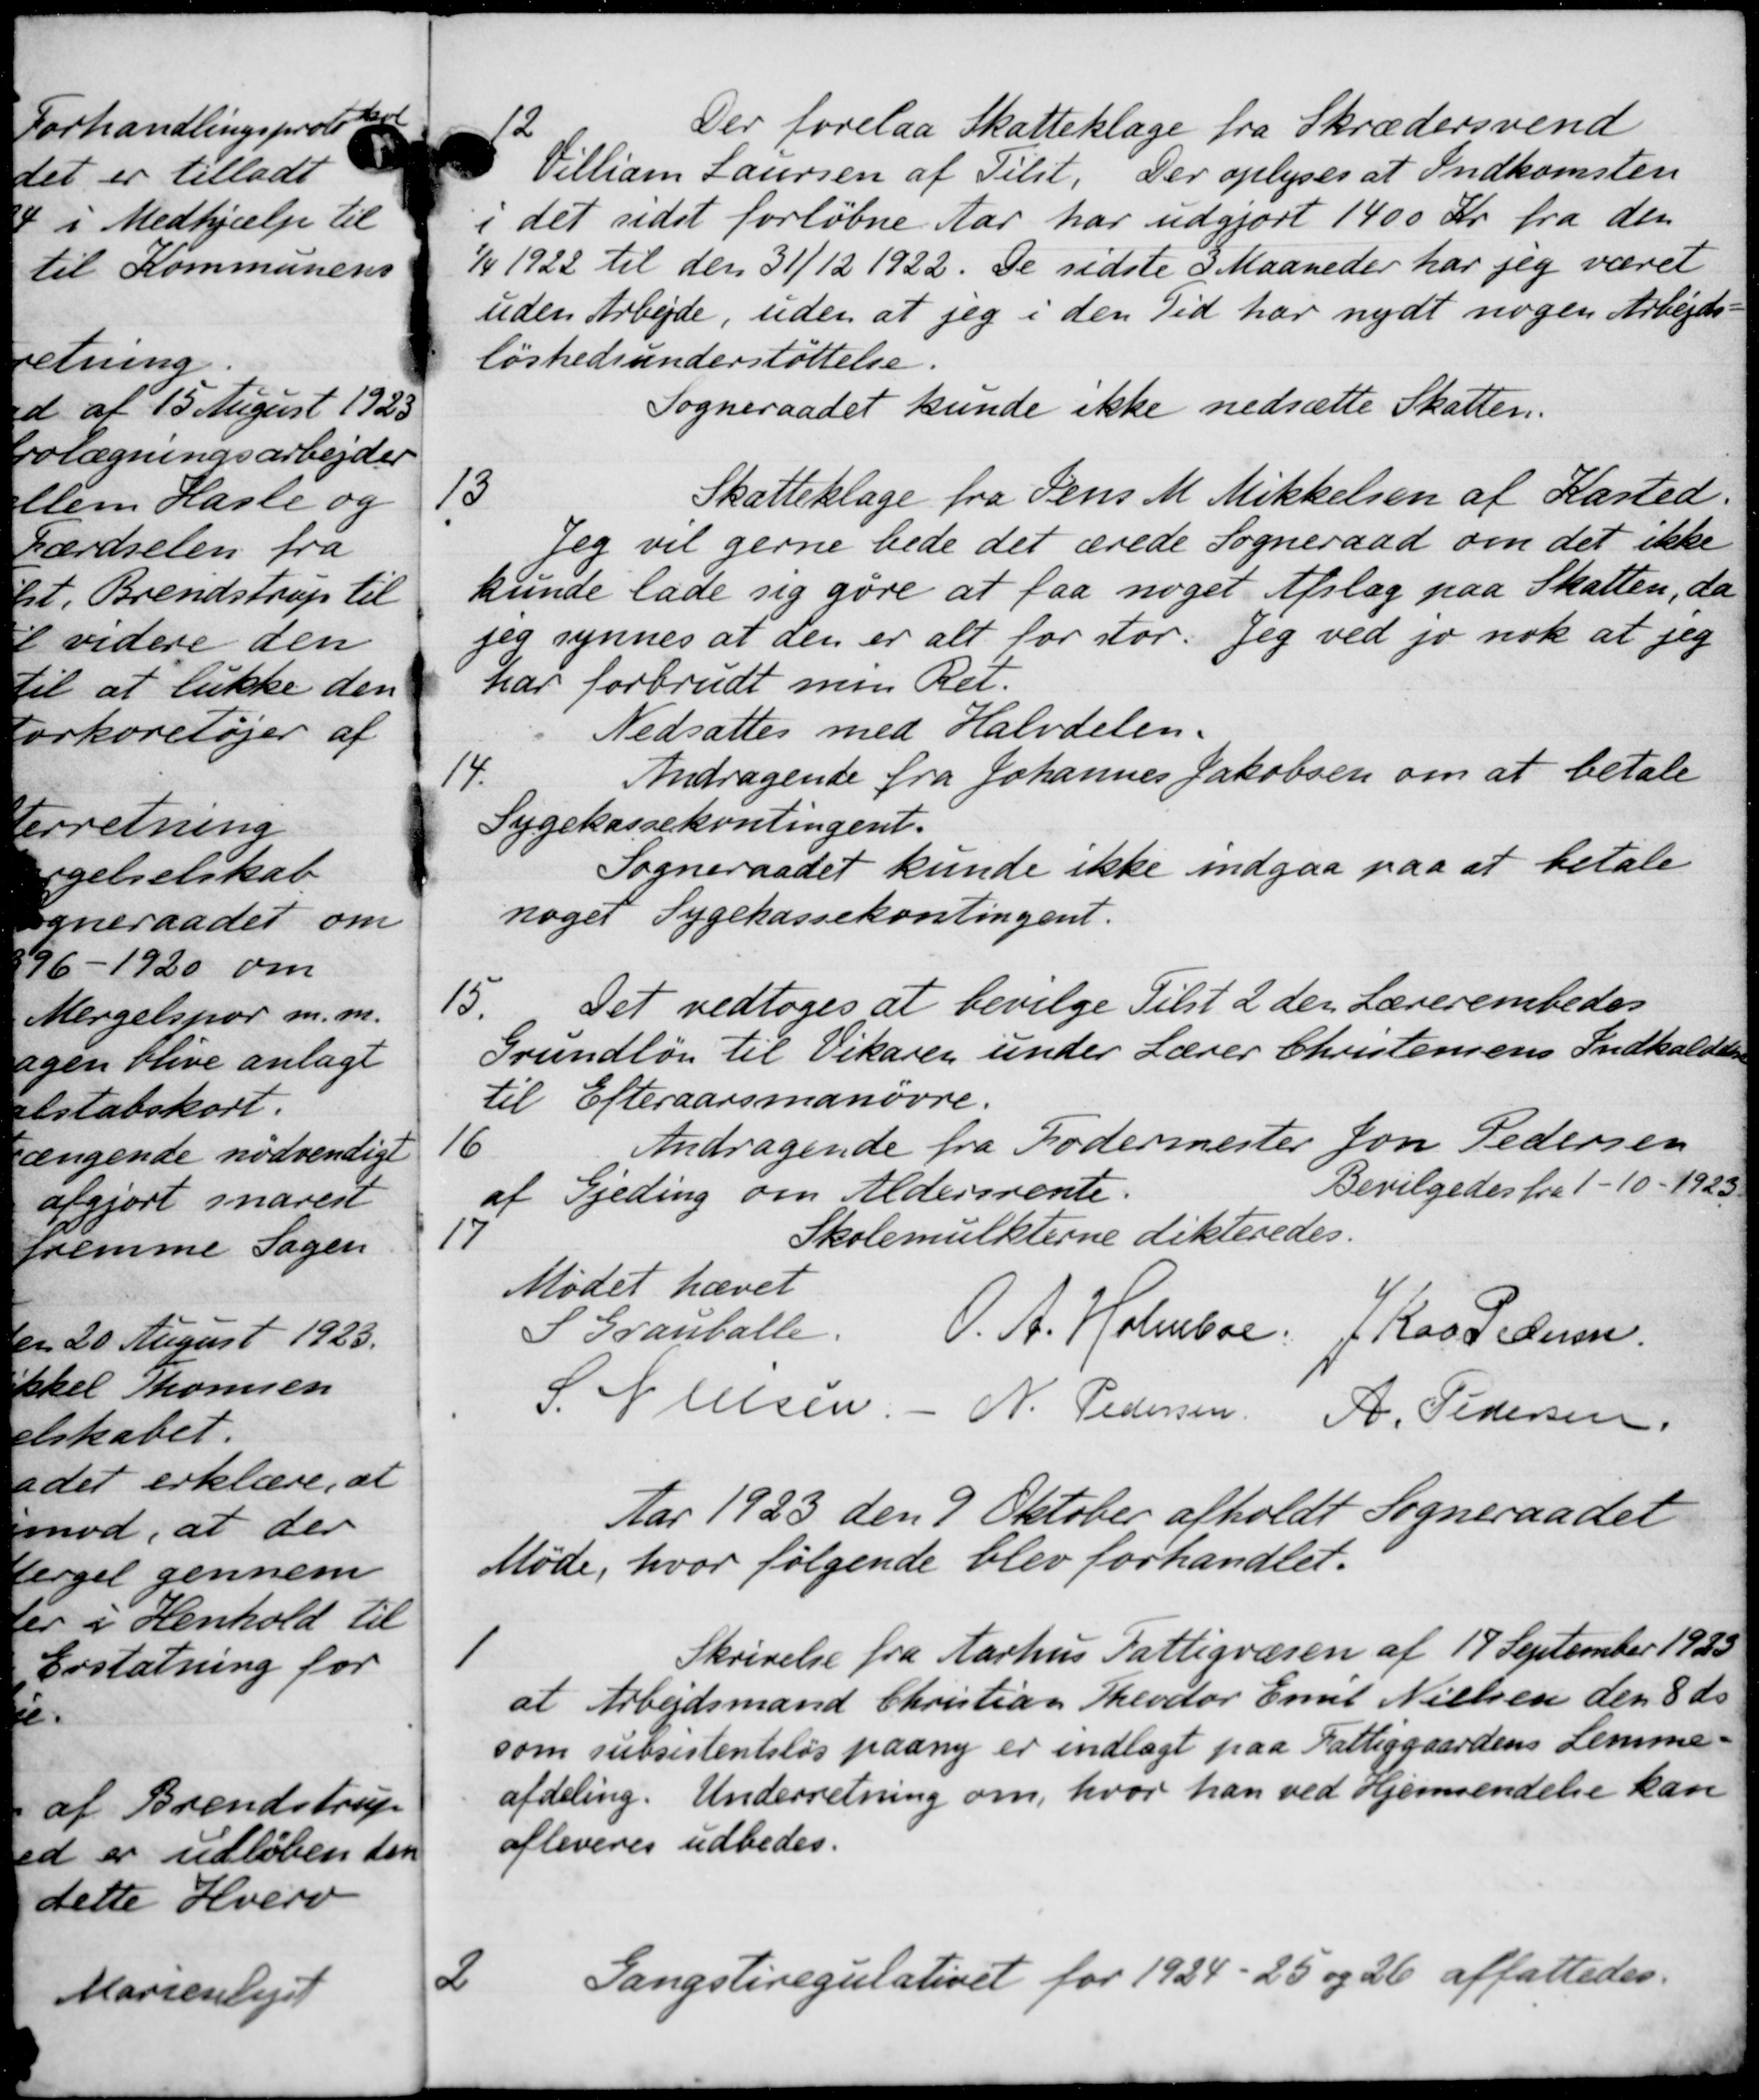
Transskription:
12
Der forelaa Skatteklage fra Skrædersvend
Villiam Laursen af Tilst. Der oplyses at Indkomsten
i det sidst forløbne Aar har udgjort 1400 Kr. fra den
1/4 1922 til den 31/12 1922. De sidste 3 Maaneder har jeg været
uden Arbejde, uden at jeg i den Tid har nydt nogen Arbejds
løshedsunderstøttelse.
Sogneraadet kunde ikke nedsætte Skatten.
13
Skatteklage fra Jens M. Mikkelsen af Kasted.
Jeg vil gerne bede det ærede Sogneraad om det ikke
kunde lade sig gøre at faa noget Afslag paa Skatten, da
jeg synnes at den er alt for stor. Jeg ved jo nok at jeg
har forbrudt man Ret.
Nedsattes med Halvdelen.
14.
Andragende fra Johannes Jakobsen om at betale
Sygekassekontingent.
Sogneraadet kunde ikke indgaa paa at betale
noget Sygekassekontingent.
15.
Det vedtoges at bevilge Tilst 2 den Lærerembedes
Grundløn til Vikarer under Lærer Christensens Indkaldelse
til Efteraarsmanøvre.
16
Andragende fra Fodermester Jon Pedersen
af Gjeding om Aldersrente.
Bevilgedes fra 1-10 - 1923
17
Skolemulkterne dikteredes.
Mødet hævet
S Grauballe.
O. A. Holmboe. J. Ras Pedersen.
S. N. Olsen - N. Pedersen A. Pedersen
Aar 1923 den 9 Oktober afholdt Sogneraadet
Møde, hvor følgende blev forhandlet.
1
Skrivelse fra Aarhus Fattigvæsen af 19 September 1923
at Arbejdsmand Christian Theodor Emil Nielsen den 8 ds
som subsistentsløs paany er indlagt paa Fattiggaardens Lemme-
afdeling. Underretning om, hvor han ved Hjemsendelse kan
afleveres udbedes.
2
Gangstiregulativet for 1924 - 25 og 26 affattedes.